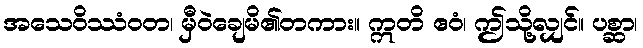
အသေဝိဿံဝတ၊ မှီဝဲချေမိ၏တကား။ ဣတိ ဧဝံ၊ ဤသို့လျှင်။ ပစ္ဆာ၊